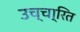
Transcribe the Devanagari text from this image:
उच्चा्रित